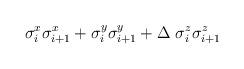
LaTeX: \begin{align*}\sigma^x_i \sigma^x_{i+1} + \sigma^y_i \sigma^y_{i+1} + \Delta ~ \sigma^z_i \sigma^z_{i+1}\end{align*}